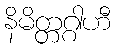
နိမိတ္တဂ္ဂါဟီ